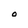
Character: O